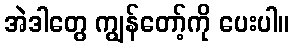
အဲဒါတွေ ကျွန်တော့်ကို ပေးပါ။